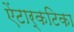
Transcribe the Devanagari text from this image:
ऐंटार्कटिका